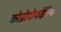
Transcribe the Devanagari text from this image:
कोप्रोपोर्फाईरिया